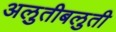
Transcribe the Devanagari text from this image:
अलुतीबलुती